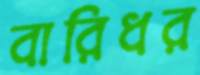
বারিধর